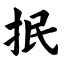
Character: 抿